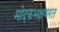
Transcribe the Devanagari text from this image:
मोदकभक्षणरत